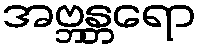
အဗ္ဘန္တရော